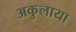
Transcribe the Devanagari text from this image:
अकुलाया